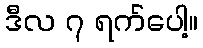
ဒီလ ၇ ရက်ပေါ့။